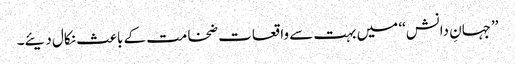
’’جہانِ دانش‘‘ میں بہت سے واقعات ضخامت کے باعث نکال دیئے۔